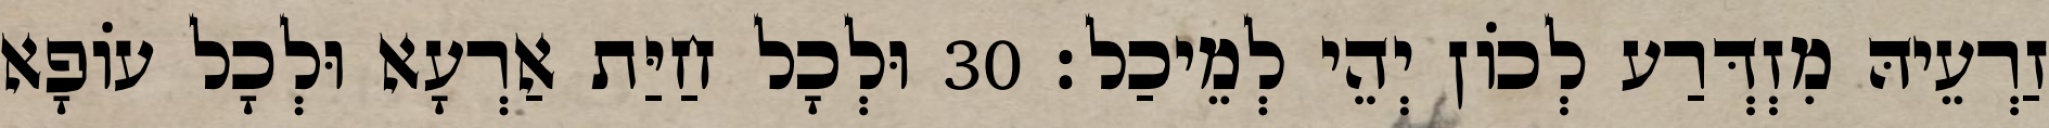
זַרְעֵיהּ מִזְדְּרַע לְכוֹן יְהֵי לְמֵיכַל׃ 30 וּלְכָל חַיַּת אַרְעָא וּלְכָל עוֹפָא